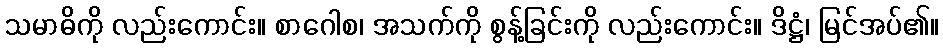
သမာဓိကို လည်းကောင်း။ စာဂေါစ၊ အသက်ကို စွန့်ခြင်းကို လည်းကောင်း။ ဒိဋ္ဌံ၊ မြင်အပ်၏။